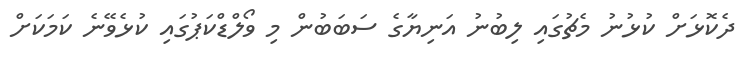
ދެކޮޅަށް ކުޅުނު މެޗުގައި ލިބުނު އަނިޔާގެ ސަބަބުން މި ވޯލްޑްކަޕުގައި ކުޅެވޭނެ ކަމަކަށް